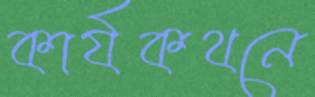
কার্যকথনে